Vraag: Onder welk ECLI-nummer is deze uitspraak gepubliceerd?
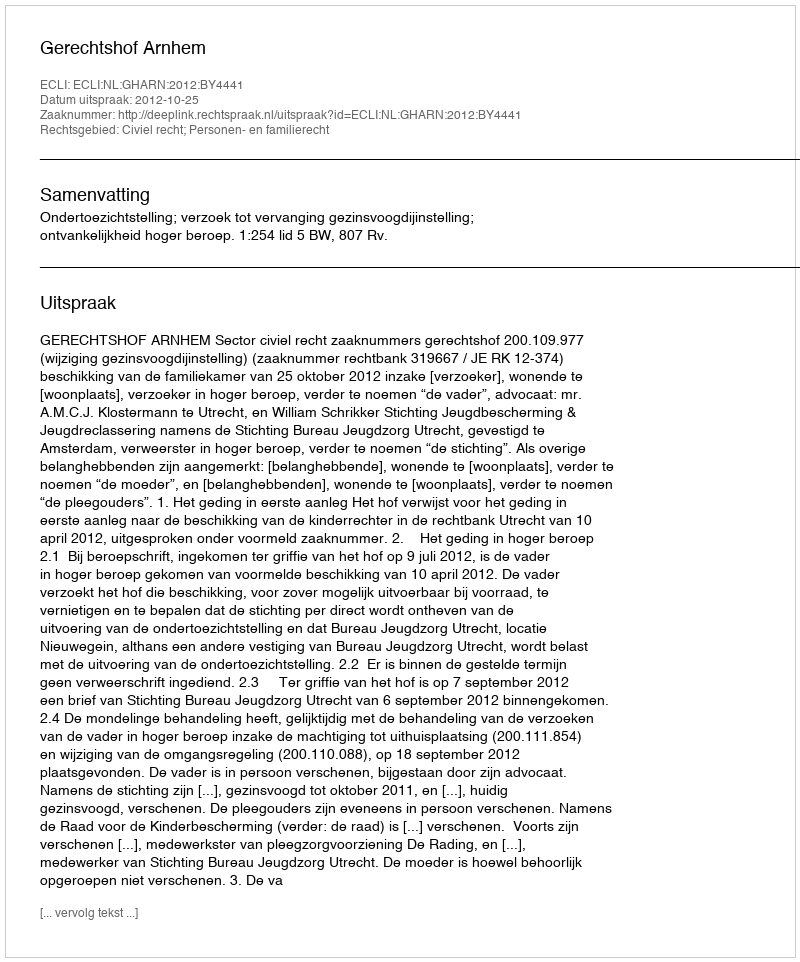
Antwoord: ECLI:NL:GHARN:2012:BY4441